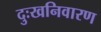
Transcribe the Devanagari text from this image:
दुःखनिवारण